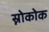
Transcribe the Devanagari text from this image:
स्नोकोक